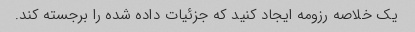
یک خلاصه رزومه ایجاد کنید که جزئیات داده شده را برجسته کند.